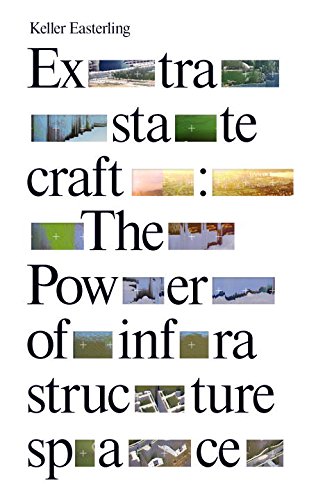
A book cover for Extrastatecraft: The Power of Infrastructure Space; Keller Easterling; Politics & Social Sciences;